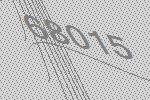
68015